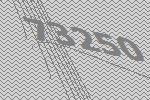
73250